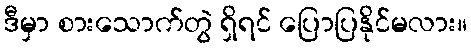
ဒီမှာ စားသောက်တွဲ ရှိရင် ပြောပြနိုင်မလား။